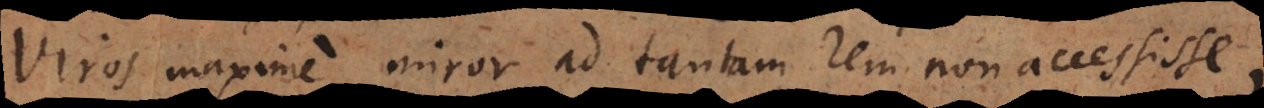
Viros maxime miror ad tantam rem non accessisse,